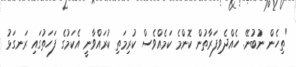
"ތިހެން ނުބުނޭ. ހެއްދެވިފަރާތުން ކޮންމެ ކަމެއްވެސް ކުރިމަތި ކުރައްވާނީ އެކަމުގެ ފަހަތުގައި ރަނގަޅު